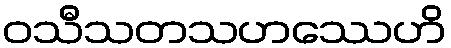
ဝသီသတသဟဿေဟိ